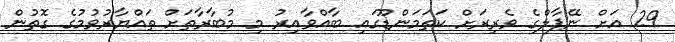
29 އަށް ނޭޕާލްގެ ވެރިރަށް ކަތަމަންޑޫގައި ބާއްވާއިރު މި މުބާރާތަށް ތައްޔާރުވުމުގެ ގޮތުން